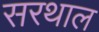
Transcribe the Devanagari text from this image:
सरथाल